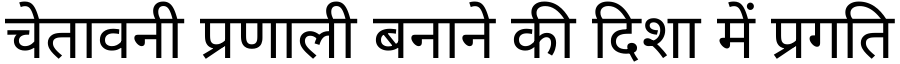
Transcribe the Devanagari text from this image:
चेतावनी प्रणाली बनाने की दिशा में प्रगति